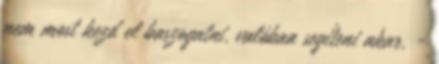
nem most kezd el baszogatni, valóban segíteni akar. -